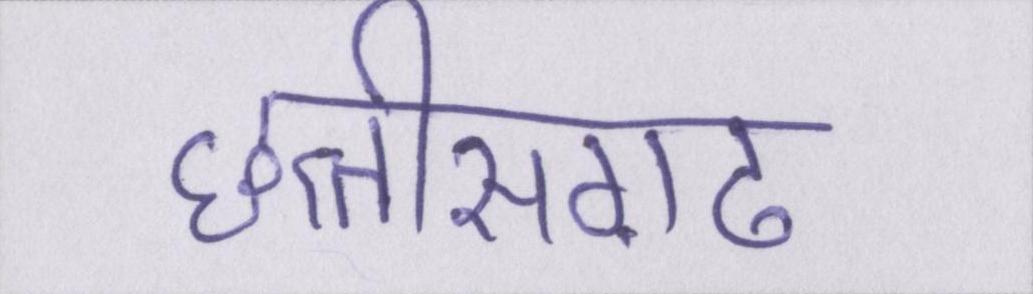
छत्तीसग़ढ